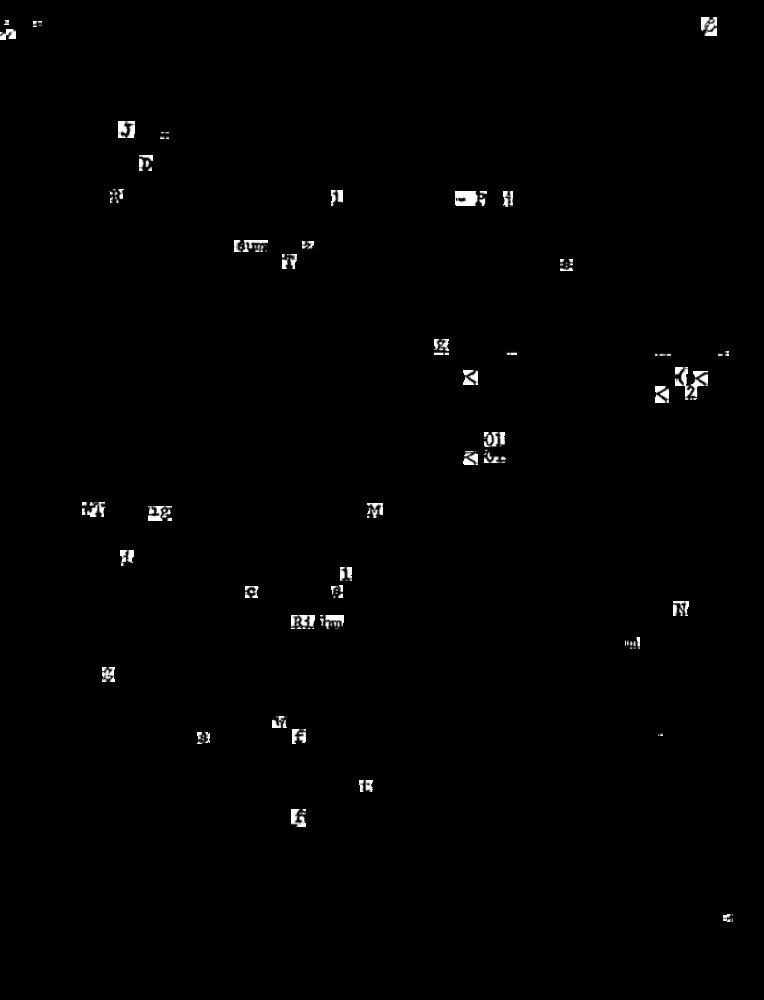
PT
M